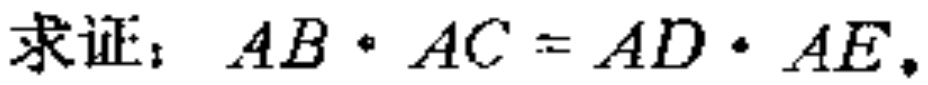
求证：\(AB\cdot AC = AD\cdot AE\)。